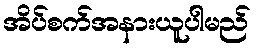
အိပ်စက်အနားယူပါမည်